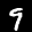
Label: 9